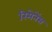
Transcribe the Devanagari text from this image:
रिमेनेंस